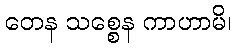
တေန သစ္စေန ကာဟာမိ၊